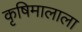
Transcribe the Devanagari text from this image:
कृषिमालाला